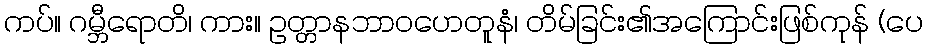
ကပ်။ ဂမ္ဘီရောတိ၊ ကား။ ဥတ္တာနဘာဝဟေတူနံ၊ တိမ်ခြင်း၏အကြောင်းဖြစ်ကုန် (ပေ